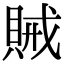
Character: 𮚆